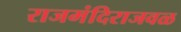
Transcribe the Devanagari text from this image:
राजमंदिराजवळ